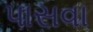
પાસવા